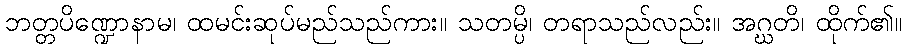
ဘတ္တပိဏ္ဍောနာမ၊ ထမင်းဆုပ်မည်သည်ကား။ သတမ္ပိ၊ တရာသည်လည်း။ အဂ္ဃတိ၊ ထိုက်၏။